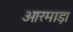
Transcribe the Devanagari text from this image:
ओरमाड़ा